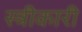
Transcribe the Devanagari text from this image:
स्त्रीकारी